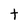
Character: t